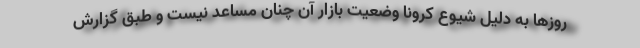
روزها به دلیل شیوع کرونا وضعیت بازار آن چنان مساعد نیست و طبق گزارش